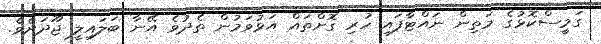
ގަމީސްކޮޅުގެ މަތިން ނައްޓާފައި ހުރި ގޮށްތައް އަޅުވަމުން ތެދުވެ އޭނާ ބަލައިލީ ޖޫދަށެވެ.